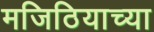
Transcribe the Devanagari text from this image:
मजिठियाच्या